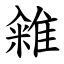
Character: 䨀